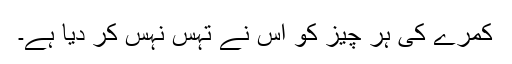
کمرے کی ہر چیز کو اُس نے تہس نہس کر دیا ہے۔